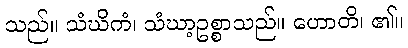
သည်။ သံဃိကံ၊ သံဃာ့ဥစ္စာသည်။ ဟောတိ၊ ၏။